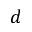
d